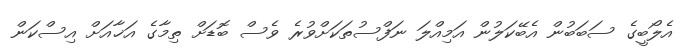
އެލޯބީގެ ސަބަބުން އެބޭކަލުން އަމިއްލަ ނަފްސުތަކަށްވުރެ ވެސް ބޮޑަށް ތިމާގެ އަޚާއަށް އިސްކަން